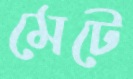
মেটে